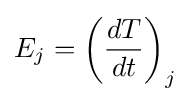
E_{j}=\left({\frac {dT}{dt}}\right)_{j}